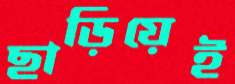
ছাড়িয়েই